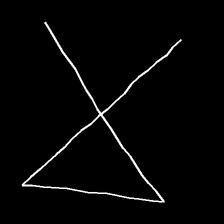
Glyph: collection